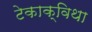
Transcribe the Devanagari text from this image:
टेकाक्विथा